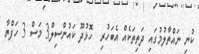
ކުނި ނައްތާލުމުގައި ދަތިތަކެއް އެބަހުރި  ހޮޅުދޫ ކައުންސިލް3 މަސް 3 ހަފްތާ